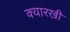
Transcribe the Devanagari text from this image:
क्यारखी